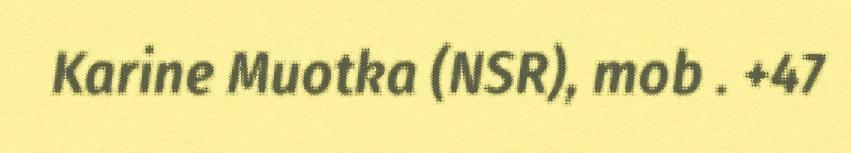
Karine Muotka (NSR), mob . +47